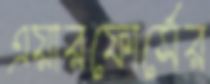
এয়ারফোর্সের